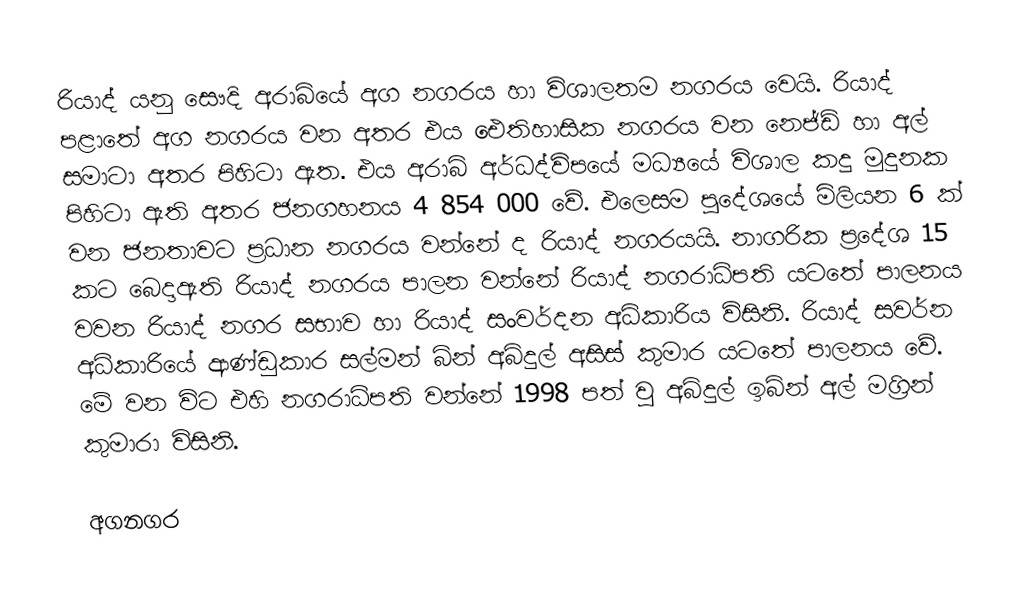
රියාද් යනු සෞදි අරාබියේ අග නගරය හා විශාලතම නගරය වෙයි. රියාද් පළාතේ අග නගරය වන අතර එය ඓතිහාසික නගරය වන නෙජ්ඩ් හා අල් සමාටා අතර පිහිටා ඇත. එය අරාබි අර්ධද්විපයේ මධ්‍යයේ විශාල කදු මුදුනක පිහිටා ඇති අතර ජනගහනය 4 854 000 වේ. එලෙසම පුදේශයේ මිලියන 6 ක් වන ජනතාවට ප්‍රධාන නගරය වන්නේ ද රියාද් නගරයයි. නාගරික ප්‍රදේශ 15 කට බෙදා‍ඇති රියාද් නගරය පාලන වන්නේ රියාද් නගරාධිපති යටතේ පාලනය වවන රියාද් නගර සභාව හා රියාද් සංවර්දන අධිකාරිය විසිනි. රියාද් සවර්න අධිකාරියේ ආණ්ඩුකාර සල්මන් බින් අබ්දුල් අසිස් කුමාර යටතේ පාලනය වේ. මේ වන විට එහි නගරාධිපති වන්නේ 1998 පත් වු අබ්දුල් ඉබ්න් අල් මග්‍රින් කුමාරා විසිනි.

අගනගර